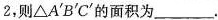
2$$，则△A'B'C'的面积为___.